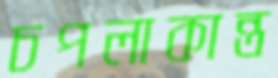
চপলাকান্ত